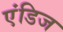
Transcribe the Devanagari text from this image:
एंडिज